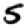
Digit: 5